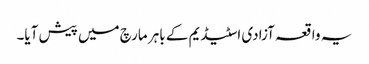
یہ واقعہ آزادی اسٹیڈیم کے باہر مارچ میں پیش آیا۔